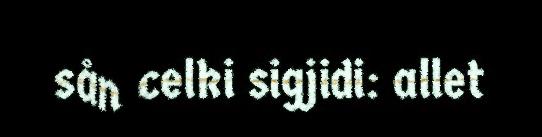
sån celki sigjidi: allet